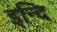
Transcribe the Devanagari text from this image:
इन्दि